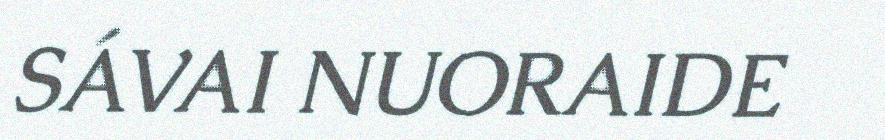
SÁVAI NUORAIDE